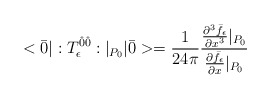
\begin{align*}<\bar{0}|:T_\epsilon^{\hat{0}\hat{0}}:|_{P_0}|\bar{0}> =\frac{1}{24\pi}\frac{\frac{\partial^3\bar{f}_{\epsilon}}{\partial x^3}|_{P_0}}{\frac{\partial\bar{f}_{\epsilon}}{\partial x}|_{P_0}}\end{align*}